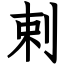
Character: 剌